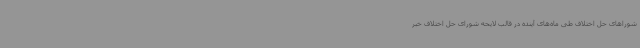
شوراهای حل اختلاف طی ماه‌های آینده در قالب لایحه شورای حل اختلاف خبر